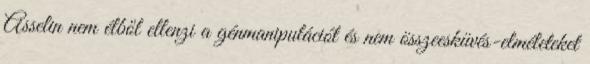
Asselin nem élből ellenzi a génmanipulációt és nem összeesküvés-elméleteket